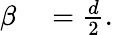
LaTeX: \begin{array}{rl}{\beta}&{{}=\frac{d}{2}.}\end{array}